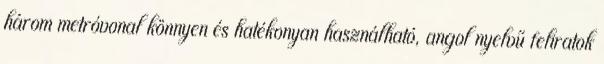
három metróvonal könnyen és hatékonyan használható, angol nyelvű feliratok